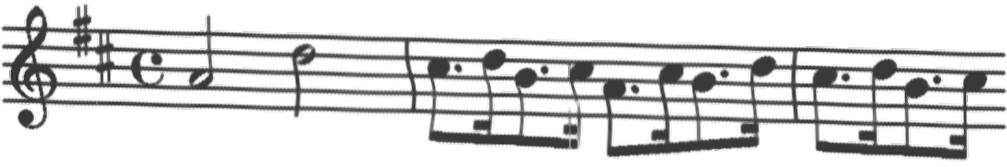
Transcription: clef-G2 keySignature-DM timeSignature-C note-A4_half note-D5_half barline note-C#5_eighth. note-D5_sixteenth note-B4_eighth. note-C#5_sixteenth note-A4_eighth. note-C#5_sixteenth note-B4_eighth. note-D5_sixteenth barline note-C#5_eighth. note-D5_sixteenth note-B4_eighth. note-C#5_sixteenth